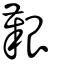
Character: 艱